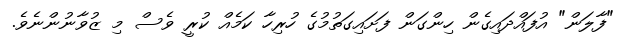
"ފާލަން" އުފައްދައިގެން ހިންގަން ފަށައިގަތުމުގެ ހުރިހާ ކަމެއް ކުރީ ވެސް މި ޒުވާނުންނެވެ.